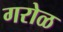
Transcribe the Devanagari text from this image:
गरोळ